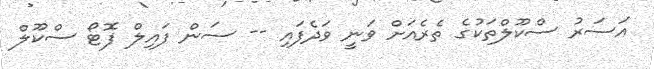
އަސަރު ސްކޫލްތަކުގެ ތެރެއަށް ވަނީ ވަދެފައި -- ސަން ފައިލް ފޮޓޯ ސްކޫލް